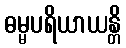
ဓမ္မပရိယာယန္တိ